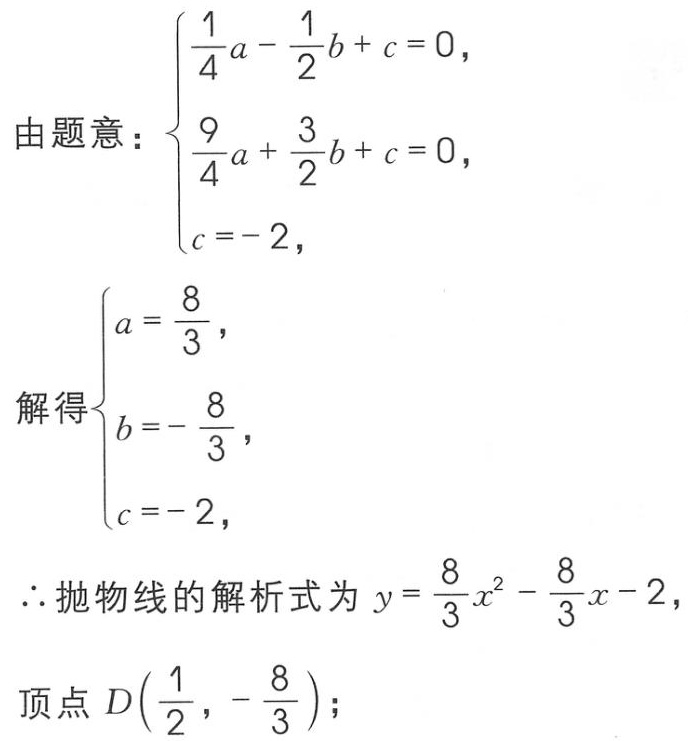
由题意：
\[\begin{cases}
\frac{1}{4}a - \frac{1}{2}b + c = 0, \\
\frac{9}{4}a + \frac{3}{2}b + c = 0, \\
c = -2,
\end{cases}\]
解得
\[\begin{cases}
a = \frac{8}{3}, \\
b = -\frac{8}{3}, \\
c = -2,
\end{cases}\]
\(\therefore\)抛物线的解析式为 \(y = \frac{8}{3}x^{2} - \frac{8}{3}x - 2\)，
顶点 \(D(\frac{1}{2}, -\frac{8}{3})\)；